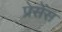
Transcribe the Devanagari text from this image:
प्रेसेंस